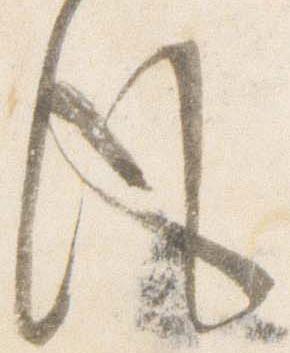
風